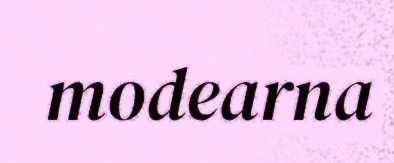
modearna